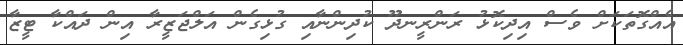
އެެއްގޮތަކަށް ވެސް އިދިކޮޅު ރަންރީނދޫ ކުދިންނާއި ގުޅިގެން އަލްޖަޒީރާ އިން ދައްކާ ޓީޒާ